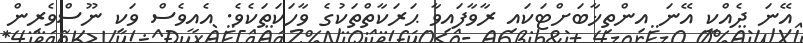
އޭނަ ދެއްކީ އޭނަ އިންތިޚާބަށްޓަކައި ރާވާފައިވާ ޙަރަކާތްތަކުގެ ވާހަކަތަކެވެ. އެއީވެސް ވަކި ނޫސްވެރިން